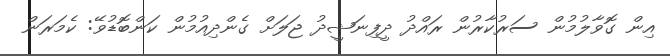
އިން ގޮވާލުމުން ސަރުކާރުން ރައްދު ދީފިނަޝީދު ޖަލަށް ގެންދިއުމުން ކަންބޮޑުވޭ: ކެމަރަން